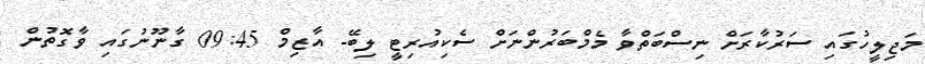
މަޖިލީހުގައި ސަރުކާރަށް ނިސްބަތްވާ މެމްބަރުންނަށް ސެކިއުރިޓީ ލިބޭ- އާޒިމް 09:45 ގާނޫނުގައި ވާގޮތުން